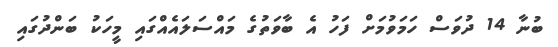
ބުނާ 14 ދުވަސް ހަމަވުމަށް ފަހުު އެ ބާވަތުގެ މައްސަލައެއްގައި މީހަކު ބަންދުގައި